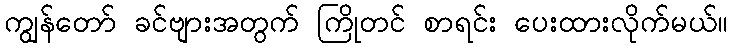
ကျွန်တော် ခင်ဗျားအတွက် ကြိုတင် စာရင်း ပေးထားလိုက်မယ်။